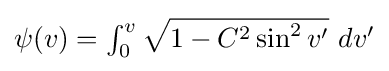
{\textstyle \psi (v)=\int _{0}^{v}{\sqrt {1-C^{2}\sin ^{2}v'}}\ dv'}